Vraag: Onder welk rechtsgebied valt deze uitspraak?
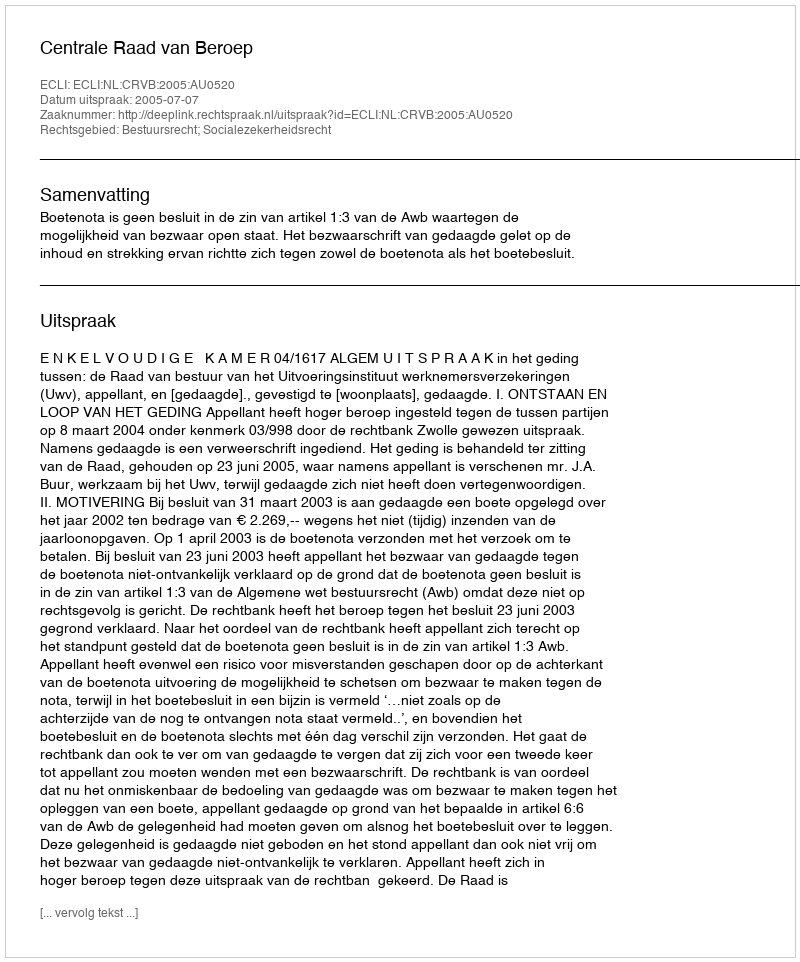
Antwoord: Bestuursrecht; Socialezekerheidsrecht